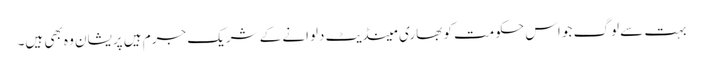
بہت سے لوگ جو اس حکومت کو بھاری مینڈیٹ دلوانے کے شریک جرم ہیں پریشان وہ بھی ہیں۔